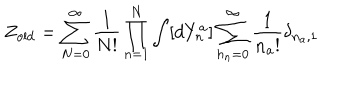
Z _ { \mathrm { o l d } } = \sum _ { N = 0 } ^ { \infty } { \frac { 1 } { N ! } } \prod _ { n = 1 } ^ { N } \int [ d Y _ { n } ^ { a } ] \sum _ { h _ { n } = 0 } ^ { \infty } { \frac { 1 } { n _ { a } ! } } \delta _ { n _ { a } , 1 }